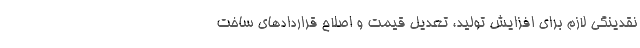
نقدینگی لازم برای افزایش تولید، تعدیل قیمت و اصلاح قراردادهای ساخت